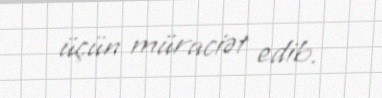
üçün müraciət edib.